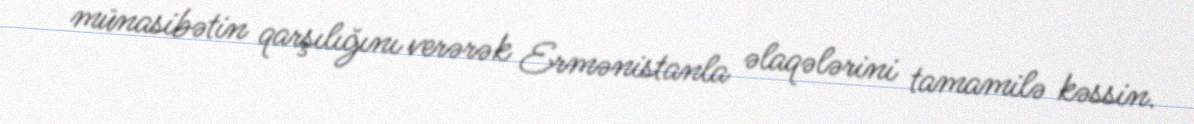
münasibətin qarşılığını verərək Ermənistanla əlaqələrini tamamilə kəssin.